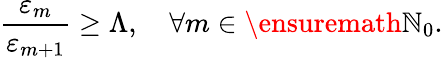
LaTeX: \frac{\varepsilon_{m}}{\varepsilon_{m+1}}\geq\Lambda,\quad\forall m\in\ensuremath{\mathbb{N}}_{0}.